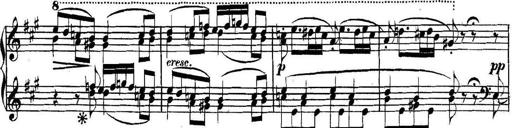
Title: Collected Piano Sonatas
Composer: Muzio Clementi